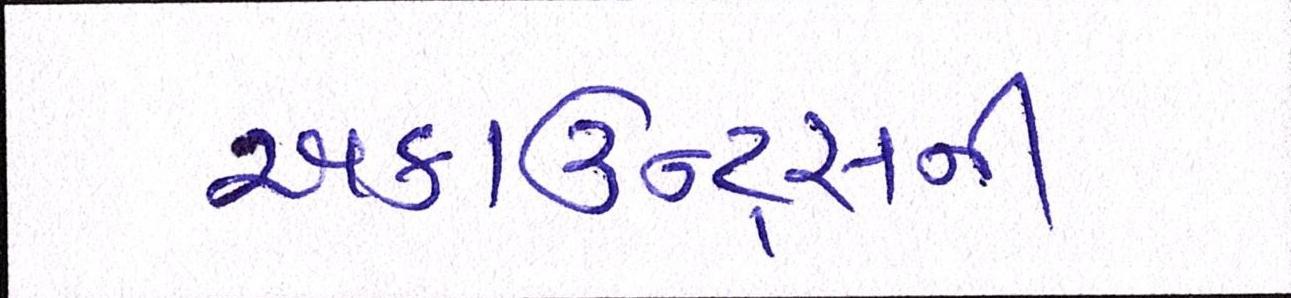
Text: અકાઉન્ટ્સની